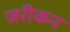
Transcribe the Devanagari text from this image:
ज़रीकन